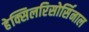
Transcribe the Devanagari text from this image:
हेक्सिलरिसोर्सिनाल